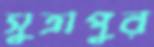
সুত্রাপুর